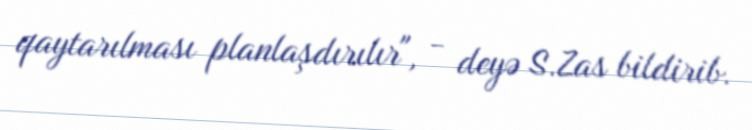
qaytarılması planlaşdırılır", - deyə S.Zas bildirib.